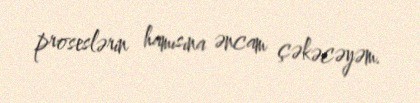
proseslərin hamısına əncam çəkəcəyəm.